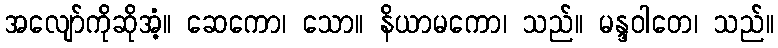
အလျော်ကိုဆိုအံ့။ ဆေကော၊ သော။ နိယာမကော၊ သည်။ မန္ဒဝါတေ၊ သည်။